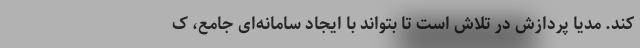
کند. مدیا پردازش در تلاش است تا بتواند با ایجاد سامانه‌ای جامع، ک